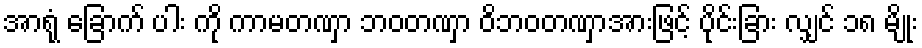
အာရုံ ခြောက် ပါး ကို ကာမတဏှာ ဘဝတဏှာ ဝိဘဝတဏှာအားဖြင့် ပိုင်းခြား လျှင် ၁၈ မျိုး